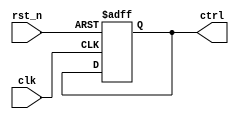
// This program was cloned from: https://github.com/chipsalliance/aib-phy-hardware
// License: Apache License 2.0

// SPDX-License-Identifier: Apache-2.0
// Copyright (C) 2019 Intel Corporation. 
//test control register (clock chain)
module c3aibadapt_cmn_occ_test_ctlregs (
  clk,
  rst_n,
  ctrl
//  clken
);

input clk;
input rst_n;
output [1:0] ctrl;
//output clken;

// test clock enable
//reg clken /* synopsys preserve_sequential */;

//always @(posedge clk)
//begin
//  clken <= clken;
//end

// counter logic
reg [1:0] ctrl /* synopsys preserve_sequential */;

always @(posedge clk or negedge rst_n)
begin
  if(rst_n == 1'b0)
    ctrl <= 2'b00;
  else
    ctrl <= ctrl;
end

endmodule